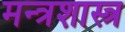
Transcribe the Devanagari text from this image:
मन्त्रशास्त्र